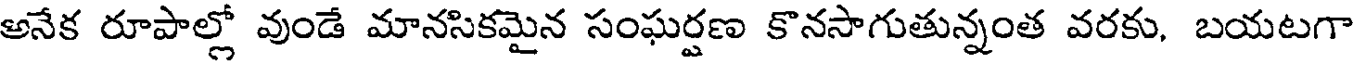
అనేక రూపాల్లో వుండే మానసికమైన సంఘర్షణ కొనసాగుతున్నంత వరకు, బయటగా